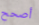
أصحح